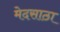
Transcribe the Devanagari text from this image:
मेदसाठा